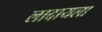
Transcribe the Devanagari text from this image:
लादायला